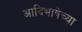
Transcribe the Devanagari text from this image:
आदिभाषेच्या